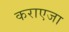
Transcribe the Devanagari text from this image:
कराएजा